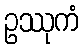
ဥဿုကံ